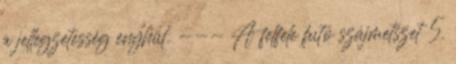
a jellegzetesség enyhül. --- A felfele futó szájmetszet 5.